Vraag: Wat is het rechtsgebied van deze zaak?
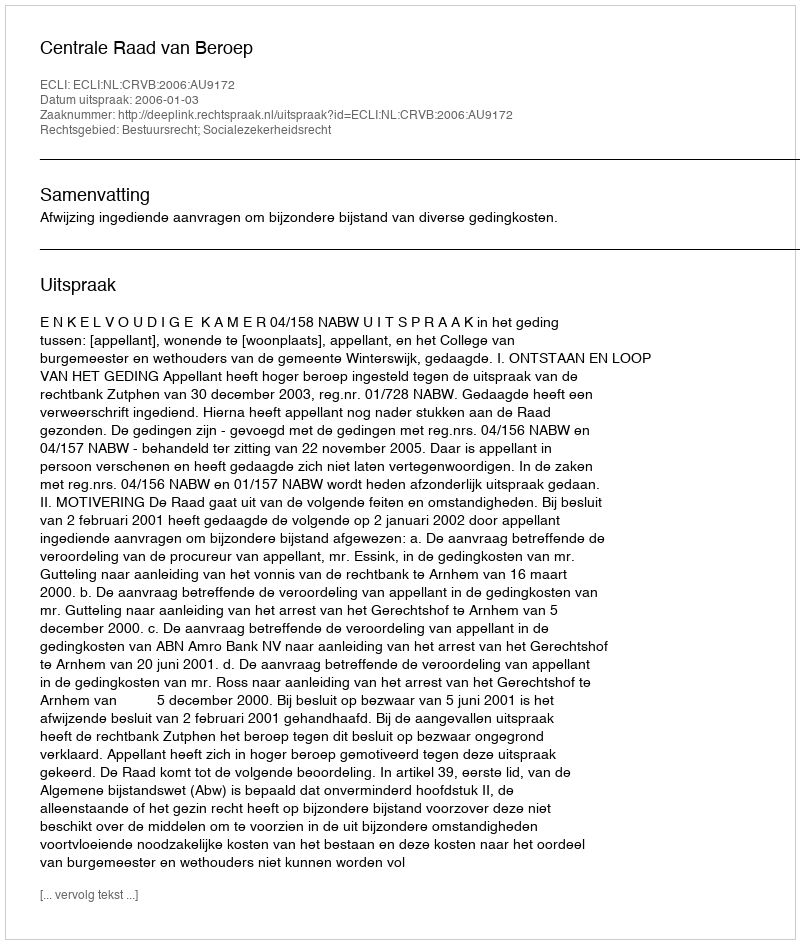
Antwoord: Bestuursrecht; Socialezekerheidsrecht